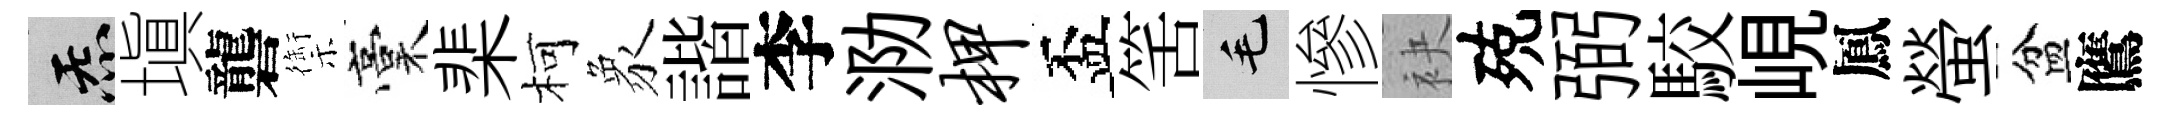
炁塡礱禦稾棐柯象諧李泐柙盃筈毛慘袂殑弼駮峴鳳螢盆鷹